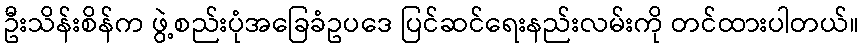
ဦးသိန်းစိန်က ဖွဲ့စည်းပုံအခြေခံဥပဒေ ပြင်ဆင်ရေးနည်းလမ်းကို တင်ထားပါတယ်။